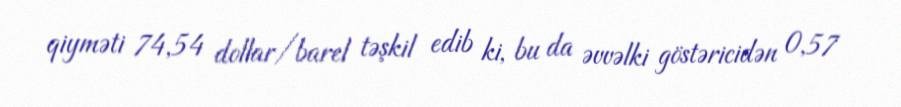
qiyməti 74,54 dollar/barel təşkil edib ki, bu da əvvəlki göstəricidən 0,57